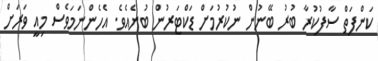
ކަންފަތް ސާފުކުރާ ބުރު ބޭނުން ނުކުރުމަށް ޑަކްޓަރުން ބުނެއެވެ. އެހެންނަމަވެސް މިއީ ވަރަށް